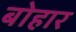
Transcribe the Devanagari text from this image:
बोहार